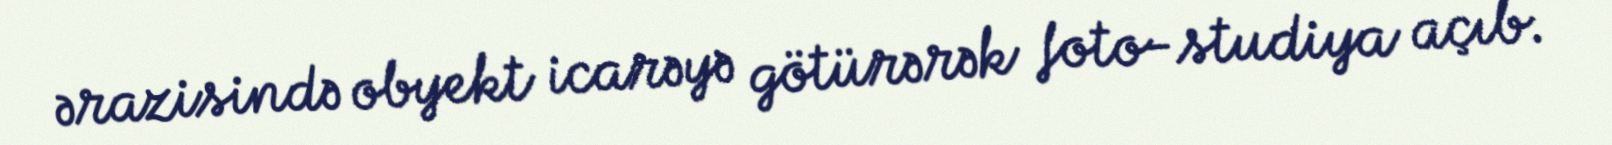
ərazisində obyekt icarəyə götürərək foto-studiya açıb.